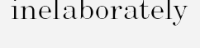
inelaborately